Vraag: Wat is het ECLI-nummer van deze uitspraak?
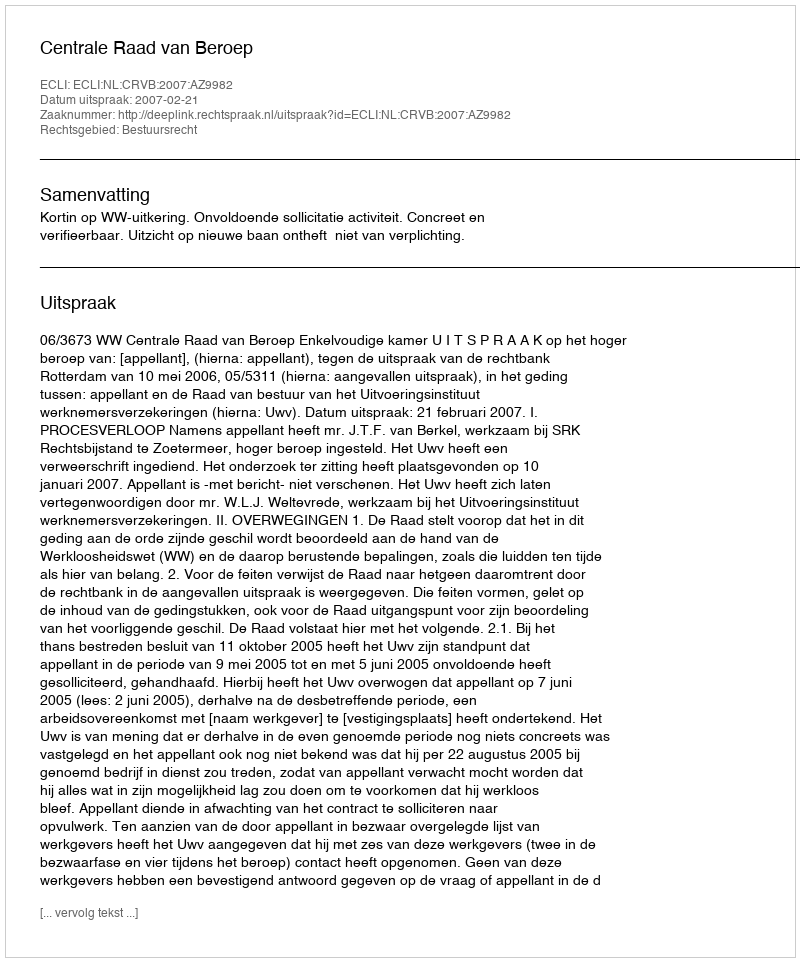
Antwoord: ECLI:NL:CRVB:2007:AZ9982